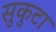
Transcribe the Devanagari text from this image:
सुकुटा